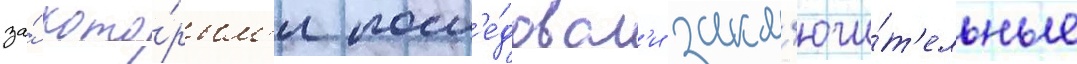
за́ кото́рым'и посл'е́довал'и закл'ючи́т'ельные